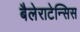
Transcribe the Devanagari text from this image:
बैलेराटेन्सिस